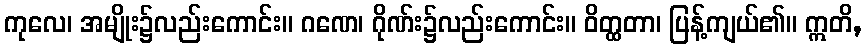
ကုလေ၊ အမျိုး၌လည်းကောင်း။ ဂဏေ၊ ဂိုဏ်း၌လည်းကောင်း။ ဝိတ္ထတာ၊ ပြန့်ကျယ်၏။ ဣတိ,